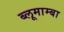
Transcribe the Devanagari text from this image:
ब्लूमाम्बा